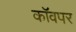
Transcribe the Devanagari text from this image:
कॉवपर